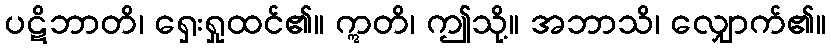
ပဋိဘာတိ၊ ရှေးရှုထင်၏။ ဣတိ၊ ဤသို့။ အဘာသိ၊ လျှောက်၏။